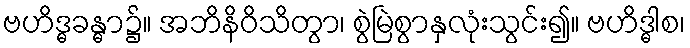
ဗဟိဒ္ဓခန္ဓာ၌။ အဘိနိဝိသိတွာ၊ စွဲမြဲစွာနှလုံးသွင်း၍။ ဗဟိဒ္ဓါစ၊